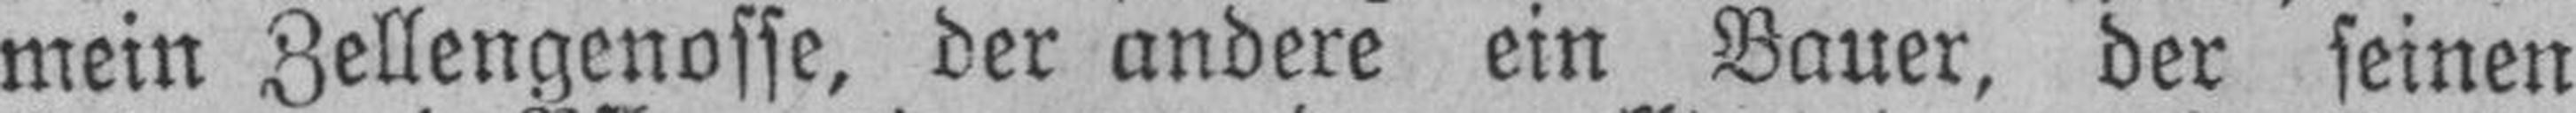
mein Zellengenosse, der andere ein Bauer, der seinen